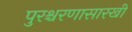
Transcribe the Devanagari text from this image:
पुरश्चरणासारखी